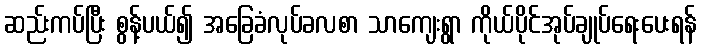
ဆည်းကပ်ပြီး စွန့်ပယ်၍ အခြေခံလုပ်ခလစာ သာကျေးရွာ ကိုယ်ပိုင်အုပ်ချုပ်ရေးပေးရန်